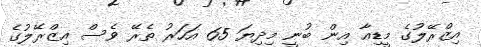
އިޒްރޭލުގެ މީޑިއާ އިން ބުނީ މިދިޔަ 65 އަހަރު ތެރޭ ވެސް އިޒްރޭލުގެ